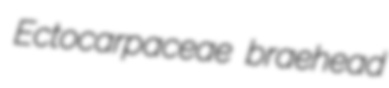
Ectocarpaceae braehead